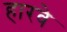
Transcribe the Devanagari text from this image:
हारवे